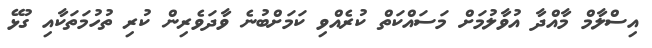
އިސްލާމް މާއްދާ އުވާލުމަށް މަސައްކަތް ކުރެއްވި ކަމަށްބުނެ ވާދަވެރިން ކުރި ތުހުމަތަކާއި ގުޅޭ